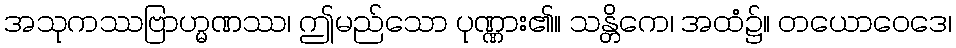
အသုကဿဗြာဟ္မဏဿ၊ ဤမည်သော ပုဏ္ဏား၏။ သန္တိကေ၊ အထံ၌။ တယောဝေဒေ၊